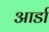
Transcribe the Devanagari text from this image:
आर्डा